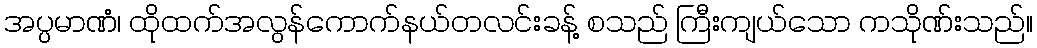
အပ္ပမာဏံ၊ ထိုထက်အလွန်ကောက်နယ်တလင်းခန့် စသည် ကြီးကျယ်သော ကသိုဏ်းသည်။